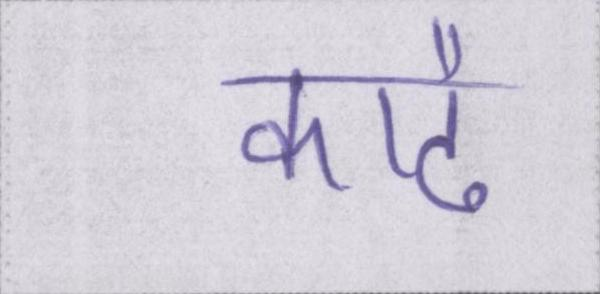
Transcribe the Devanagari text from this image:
काढै